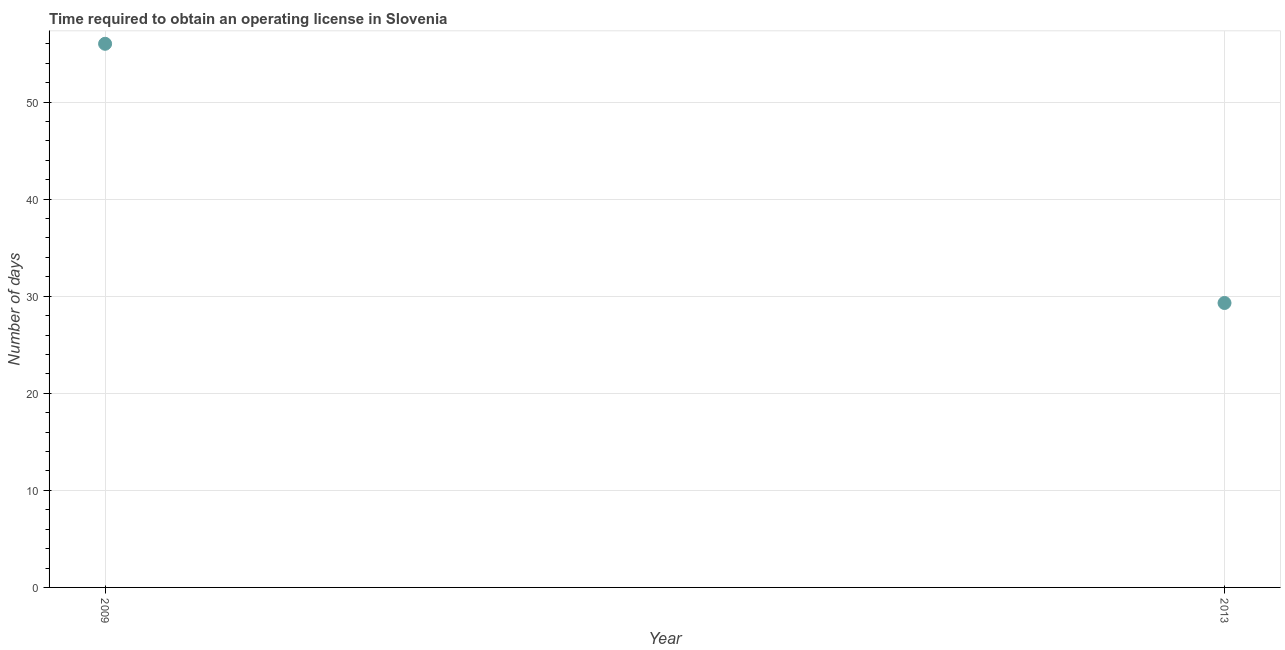
| Year | Obtain operating license |
 | --- | --- |
 | 2009 | 56 |
 | 2013 | 29.3 |